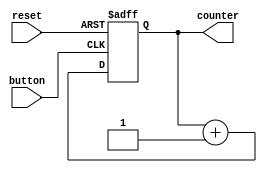
`timescale 1ns / 1ps
//////////////////////////////////////////////////////////////////////////////////
// Company: 
// 
// Design Name: 
// Module Name:    BUTTON_COUNTER 
// Project Name: 
// Target Devices: 
// Tool versions: 
// Description: 
//
// Dependencies: 
//
// Revision: 
// Revision 0.01 - File Created
// Additional Comments: 
//
//////////////////////////////////////////////////////////////////////////////////
module BUTTON_COUNTER(reset, button, counter);
input reset, button;
output reg [3:0] counter;

always @(posedge button or posedge reset)
begin
	if (reset)
		counter = 0;
	else
		counter = counter + 1;
end

endmodule